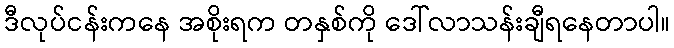
ဒီလုပ်ငန်းကနေ အစိုးရက တနှစ်ကို ဒေါ်လာသန်းချီရနေတာပါ။